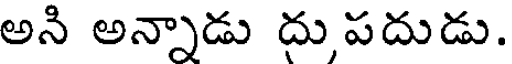
అని అన్నాడు దుపదుడు.